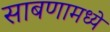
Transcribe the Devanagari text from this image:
साबणामध्ये